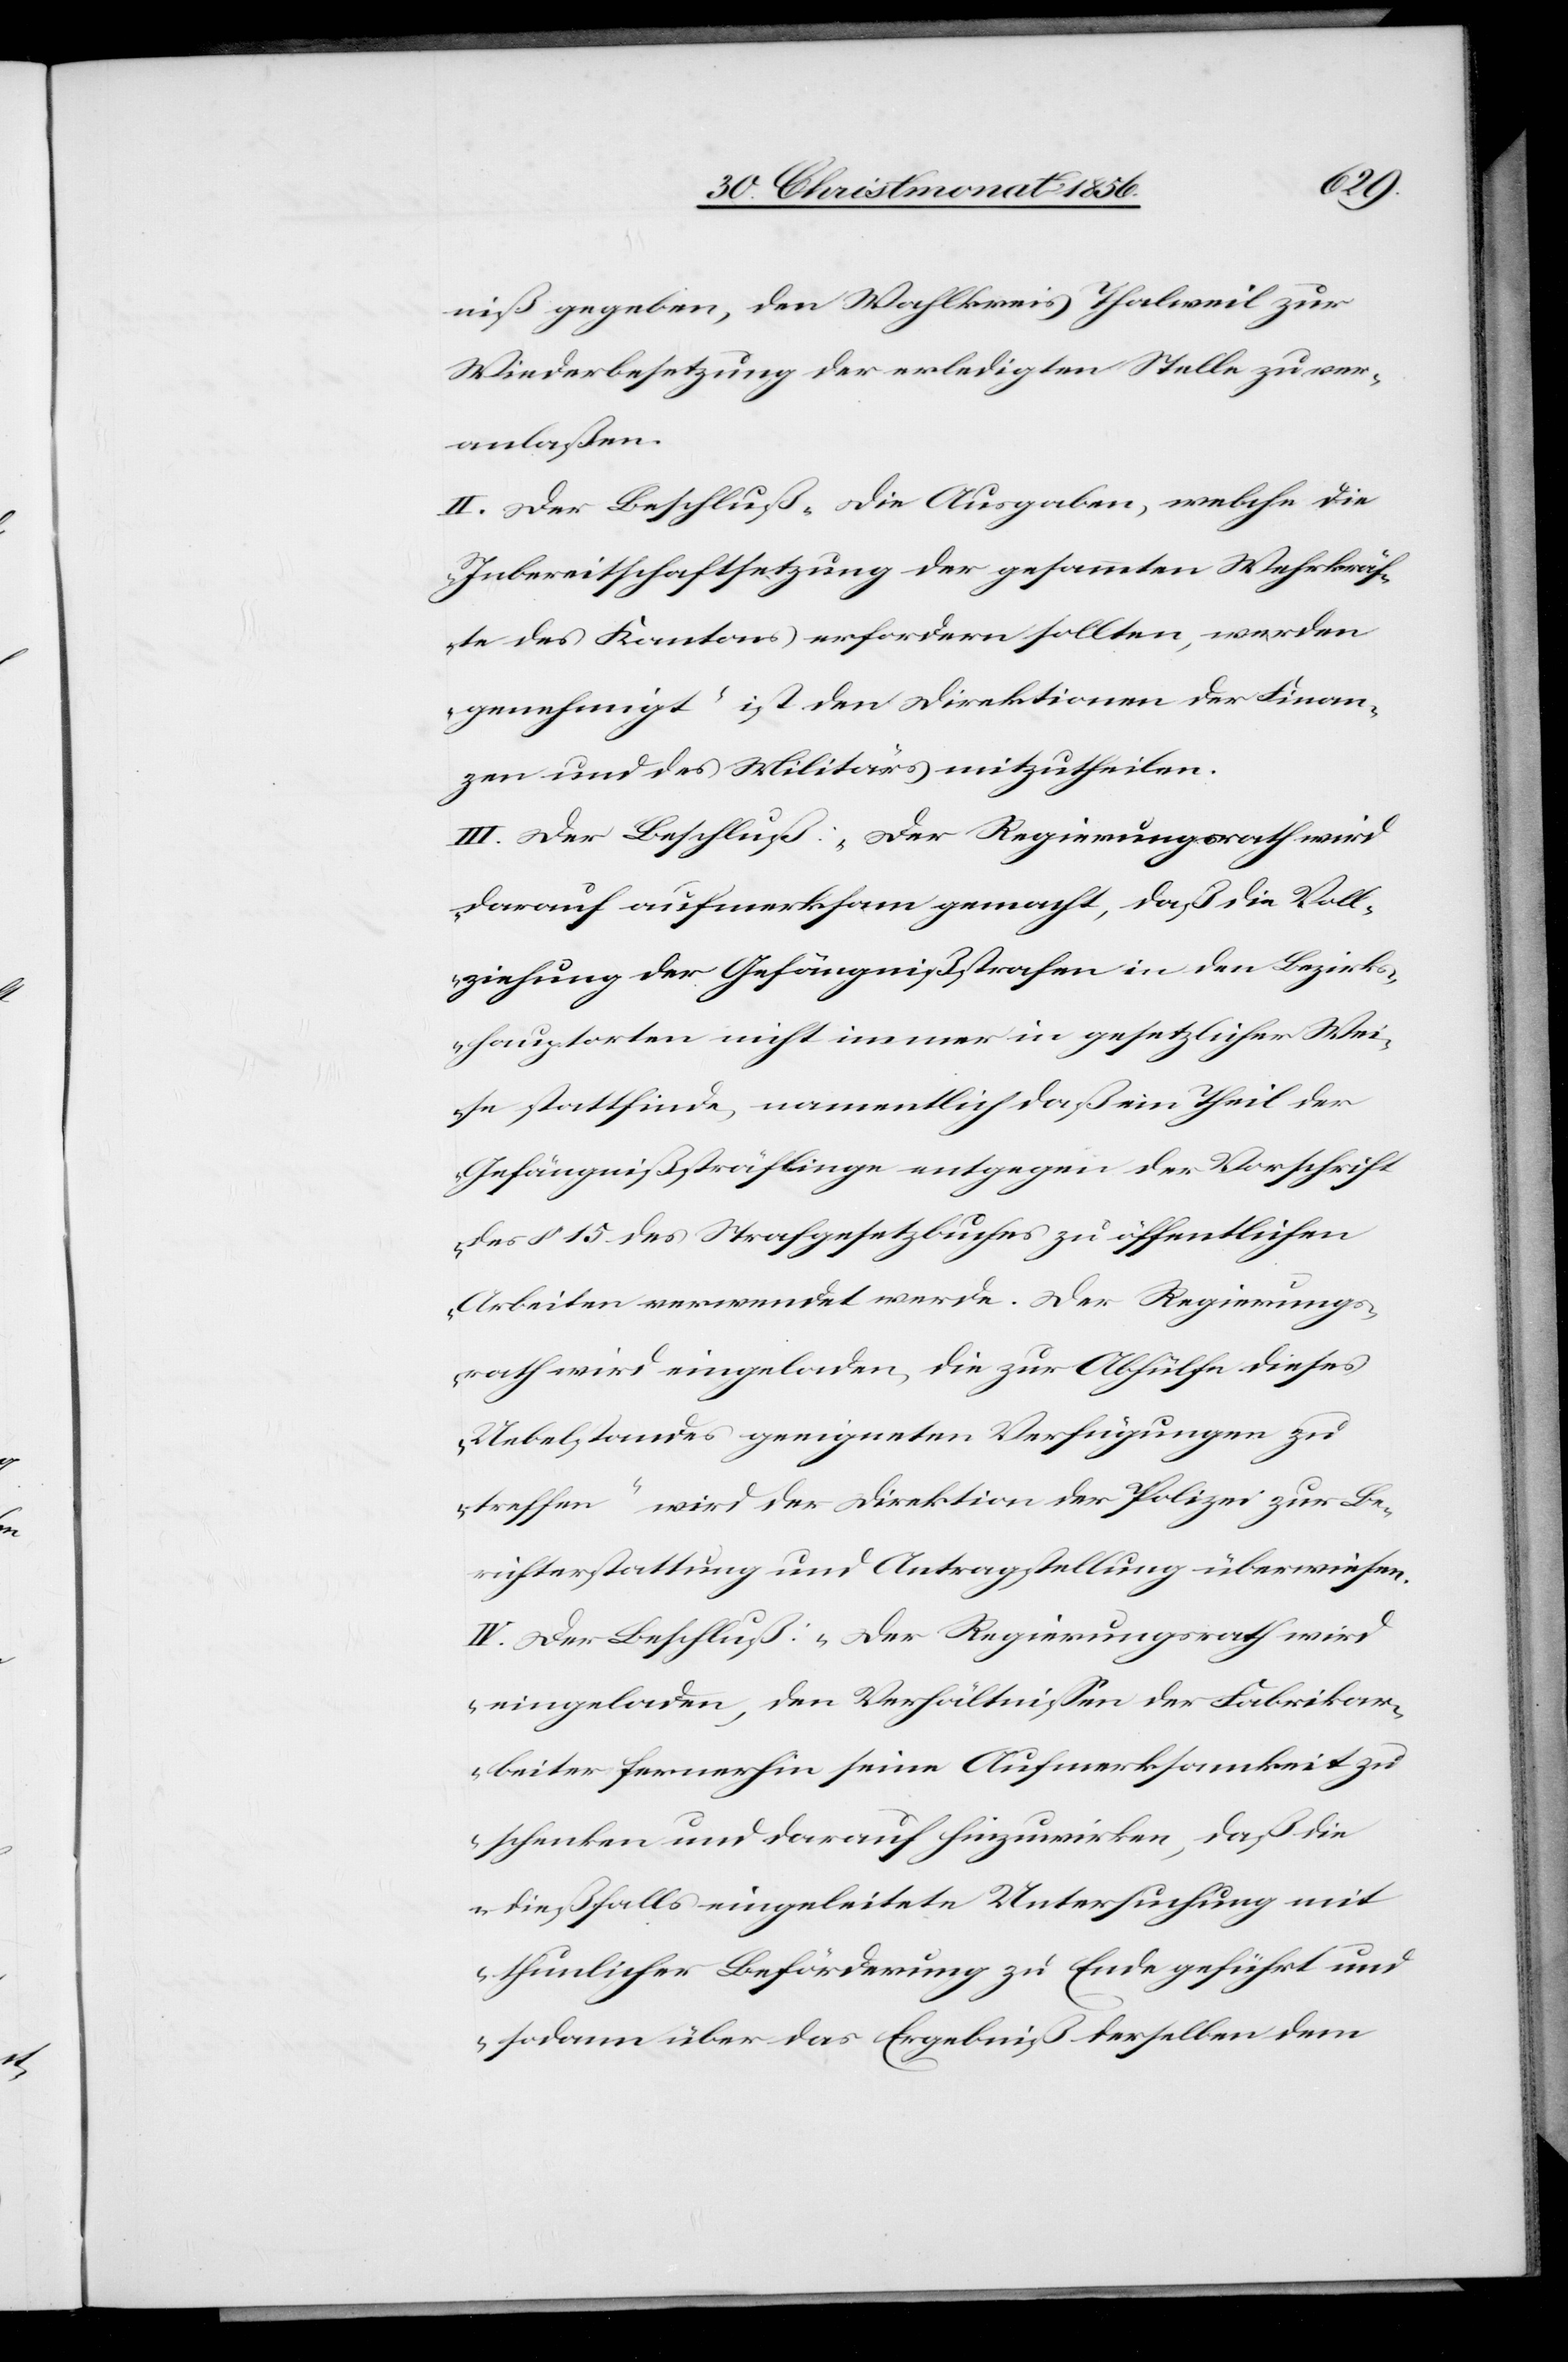
niß gegeben, den Wahlkreis Thalweil zur
Wiederbesetzung der erledigten Stelle zu ver¬
anlaßen.
II. Der Beschluß „Die Ausgaben, welche die
Inbereitschaftsetzung der gesammten Wehrkräf¬
te des Kantons erfordern sollten, werden
genehmigt“ ist den Direktionen der Finan¬
zen und des Militärs mitzutheilen.
III. Der Beschluß: „Der Regierungsrath wird
darauf aufmerksam gemacht, daß die Voll¬
ziehung der Gefängnißstrafen in den Bezirk¬
shauptorten nicht immer in gesetzlicher Wei¬
se stattfinde, namentlich daß ein Theil der
Gefängnißsträflinge entgegen der Vorschrift
des § 15 des Strafgesetzbuches zu öffentlichen
Arbeiten verwendet werde. Der Regierungs¬
rath wird eingeladen, die zur Abhülfe dieses
Uebelstandes geeigneten Verfügungen zu
treffen“ wird der Direktion der Polizei zur Be¬
richterstattung und Antragstellung überwiesen.
IV. Der Beschluß: „Der Regierungsrath wird
eingeladen, den Verhältnissen der Fabrikar¬
beiter fernerhin seine Aufmerksamkeit zu
schenken und darauf hinzuwirken, daß die
dießfalls eingeleitete Untersuchung mit
thunlicher Beförderung zu Ende geführt und
sodann über das Ergebniß derselben dem